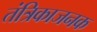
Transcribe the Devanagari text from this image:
तंत्रिकाजनक